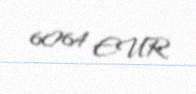
6064 EUR